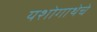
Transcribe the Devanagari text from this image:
यशोगाथेचे